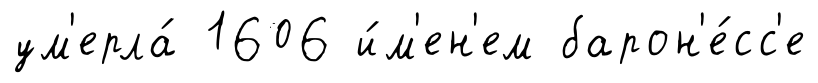
ум'ерла́ 1606 и́м'ен'ем барон'е́сс'е